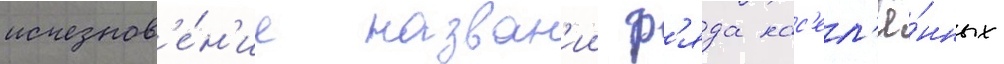
исчезнов'е́н'ие назван'ии р'яда нас'ел'ё́нных